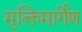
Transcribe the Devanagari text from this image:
मुक्तिमार्गेण